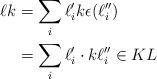
LaTeX: \begin{align*}\ell k&= \sum_i \ell'_i k \epsilon(\ell''_i) \\&= \sum_i \ell'_i\cdot k \ell''_i \in KL\end{align*}